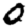
Digit: 0